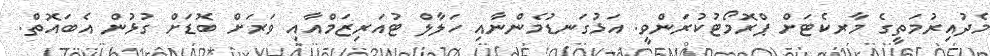
މެދުއިރުމަތީގެ މާރކެޓަށް ޕްރޮމޯޓުކުރަންވީ. އަޅުގަނޑުމެންނާއި ހަލާލް ޓުއަރިޒަމްއާއި ވަރަށް ބޮޑަށް ގުޅުން އެބައޮތް.